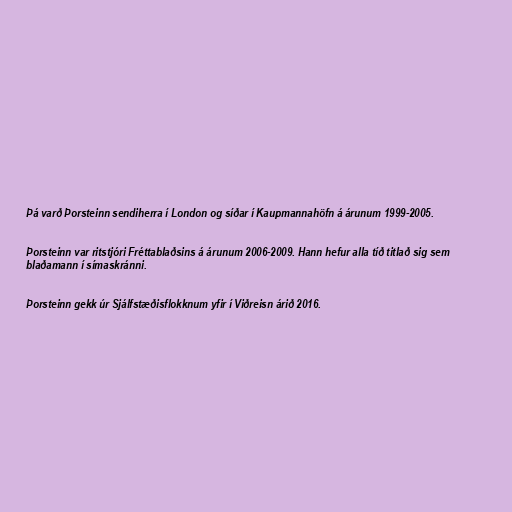
Þá varð Þorsteinn sendiherra í London og síðar í Kaupmannahöfn á árunum 1999-2005.

Þorsteinn var ritstjóri Fréttablaðsins á árunum 2006-2009. Hann hefur alla tíð titlað sig sem
blaðamann í símaskránni.

Þorsteinn gekk úr Sjálfstæðisflokknum yfir í Viðreisn árið 2016.